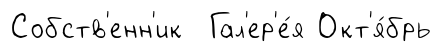
Собств'енн'ик Гал'ер'е́я Окт'я́брь